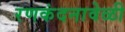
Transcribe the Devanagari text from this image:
रणकंदनावेळी